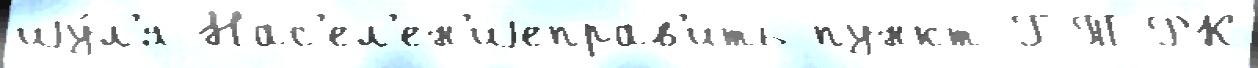
иjу́л'я Нас'ел'ен'иjеправ'ить пункт ГТРК